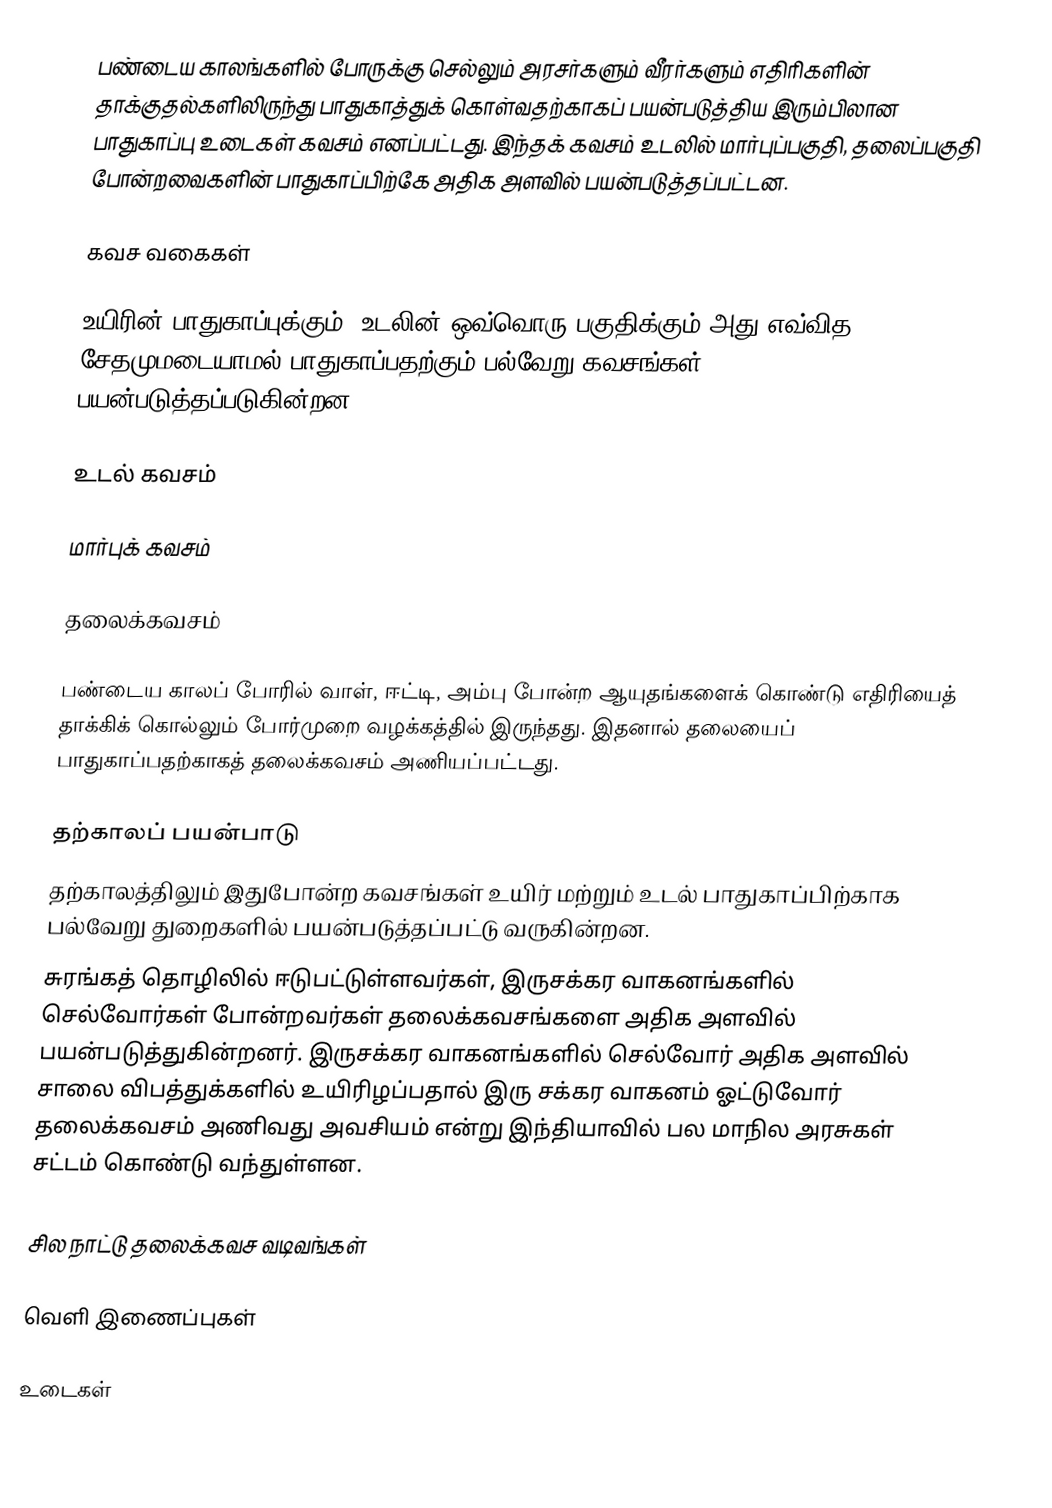
பண்டைய காலங்களில் போருக்கு செல்லும் அரசர்களும் வீரர்களும் எதிரிகளின் தாக்குதல்களிலிருந்து பாதுகாத்துக் கொள்வதற்காகப் பயன்படுத்திய இரும்பிலான பாதுகாப்பு உடைகள் கவசம் எனப்பட்டது. இந்தக் கவசம் உடலில் மார்புப்பகுதி, தலைப்பகுதி போன்றவைகளின் பாதுகாப்பிற்கே அதிக அளவில் பயன்படுத்தப்பட்டன.

கவச வகைகள்

உயிரின் பாதுகாப்புக்கும், உடலின் ஒவ்வொரு பகுதிக்கும் அது எவ்வித சேதமுமடையாமல் பாதுகாப்பதற்கும் பல்வேறு கவசங்கள் பயன்படுத்தப்படுகின்றன.

உடல் கவசம்

மார்புக் கவசம்

தலைக்கவசம்

பண்டைய காலப் போரில் வாள், ஈட்டி, அம்பு போன்ற ஆயுதங்களைக் கொண்டு எதிரியைத் தாக்கிக் கொல்லும் போர்முறை வழக்கத்தில் இருந்தது. இதனால் தலையைப் பாதுகாப்பதற்காகத் தலைக்கவசம் அணியப்பட்டது.

தற்காலப் பயன்பாடு
தற்காலத்திலும் இதுபோன்ற கவசங்கள் உயிர் மற்றும் உடல் பாதுகாப்பிற்காக பல்வேறு துறைகளில் பயன்படுத்தப்பட்டு வருகின்றன.
சுரங்கத் தொழிலில் ஈடுபட்டுள்ளவர்கள், இருசக்கர வாகனங்களில் செல்வோர்கள் போன்றவர்கள் தலைக்கவசங்களை அதிக அளவில் பயன்படுத்துகின்றனர். இருசக்கர வாகனங்களில் செல்வோர் அதிக அளவில் சாலை விபத்துக்களில் உயிரிழப்பதால் இரு சக்கர வாகனம் ஓட்டுவோர் தலைக்கவசம் அணிவது அவசியம் என்று இந்தியாவில் பல மாநில அரசுகள் சட்டம் கொண்டு வந்துள்ளன.

சில நாட்டு தலைக்கவச வடிவங்கள்

வெளி இணைப்புகள்

உடைகள்